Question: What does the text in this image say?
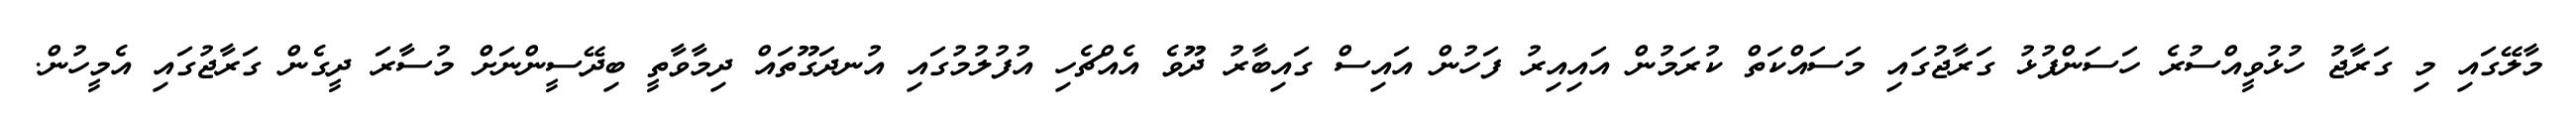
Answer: މާލޭގައި މި ގަރާޖު ހުޅުވީއްސުރެ ހަސަންފުޅު ގަރާޖުގައި މަސައްކަތް ކުރަމުން އައިއިރު ފަހުން އައިސް ގައިބާރު ދޫވެ އެއްޗެހި އުފުލުމުގައި އުނދަގޫތައް ދިމާވާތީ ބިދޭސީންނަށް މުސާރަ ދީގެން ގަރާޖުގައި އެމީހުން.